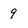
Character: 9